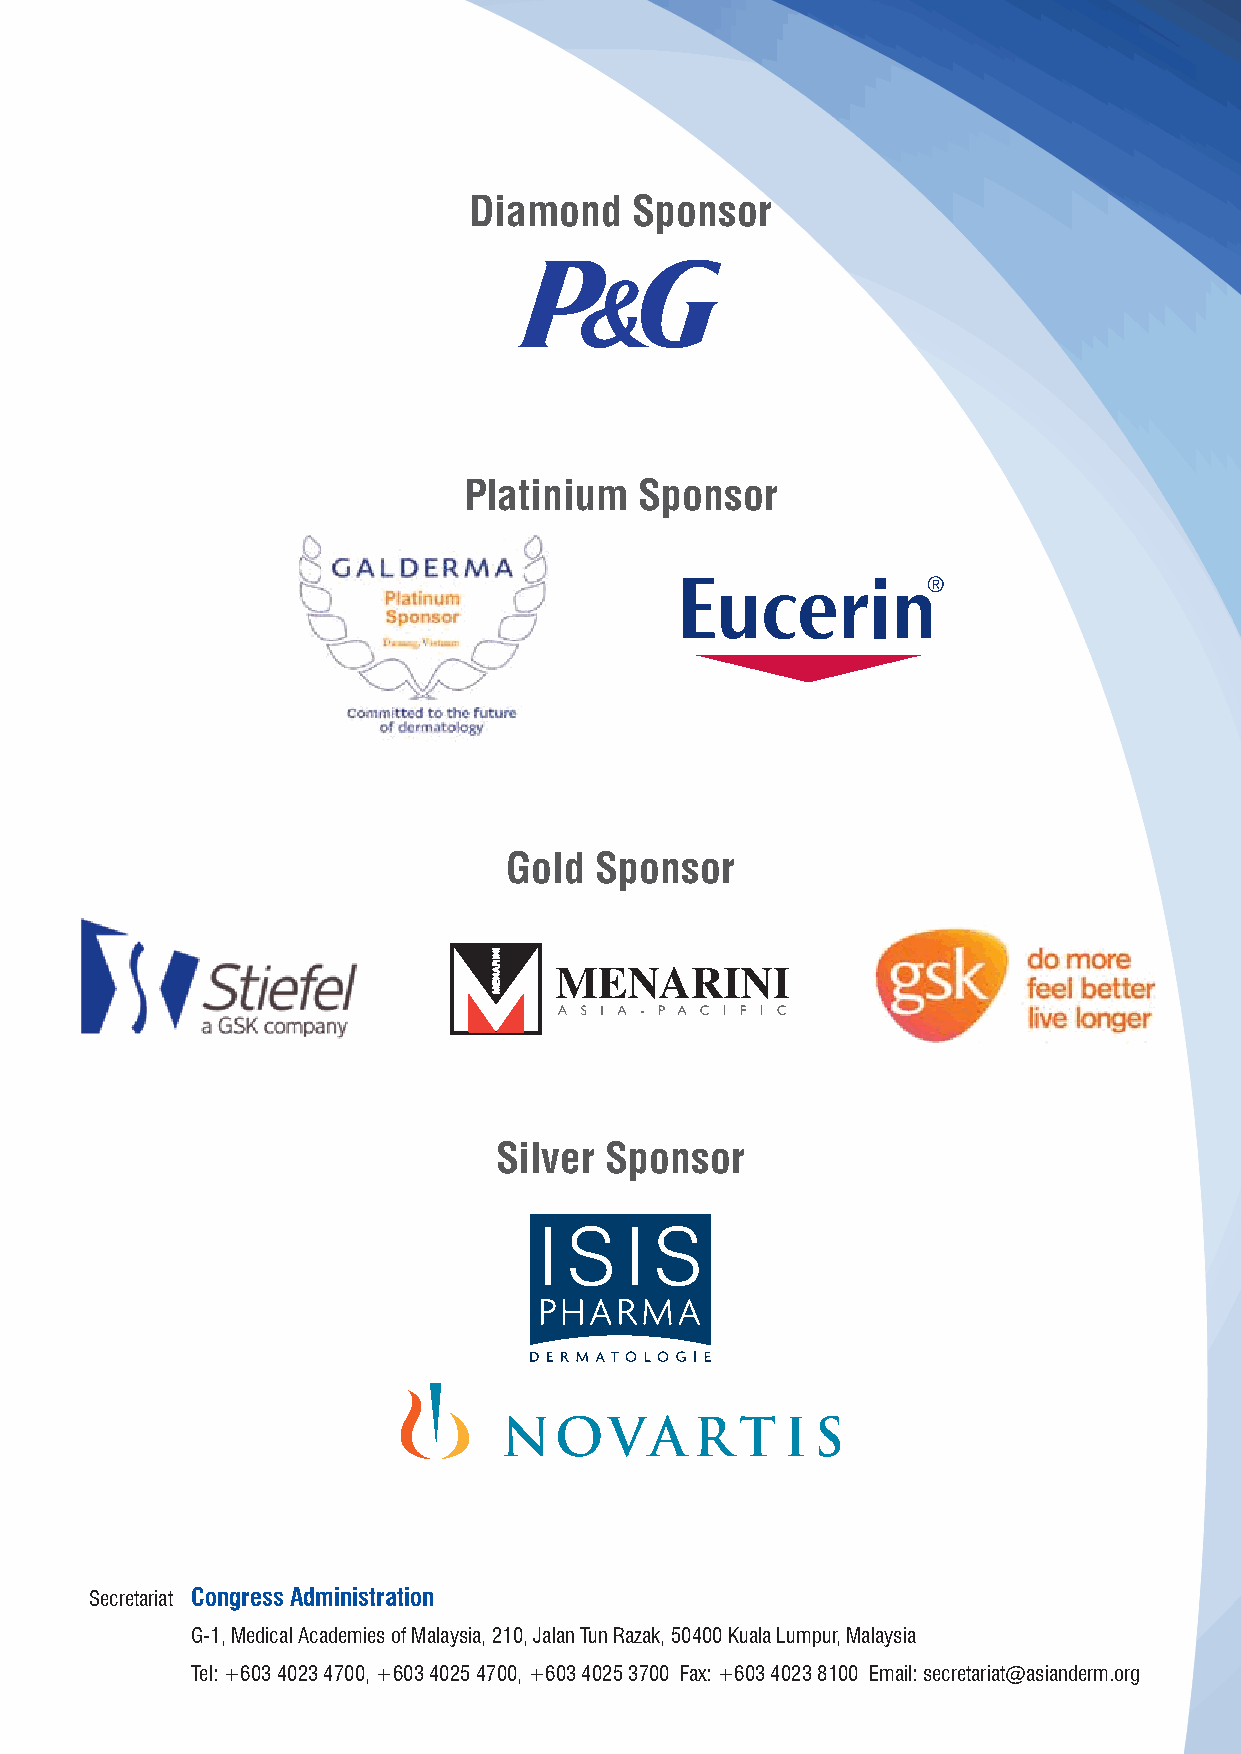
Diamond    Sponsor
 Platinium  Sponsor
 Gold Sponsor
 Silver Sponsor
 Secretariat Congress Administration
 G-1, Medical Academies of Malaysia, 210, Jalan Tun Razak, 50400 Kuala Lumpur, Malaysia
 Tel: +603 4023 4700, +603 4025 4700, +603 4025 3700 Fax: +603 4023 8100 Email: secretariat@asianderm.org